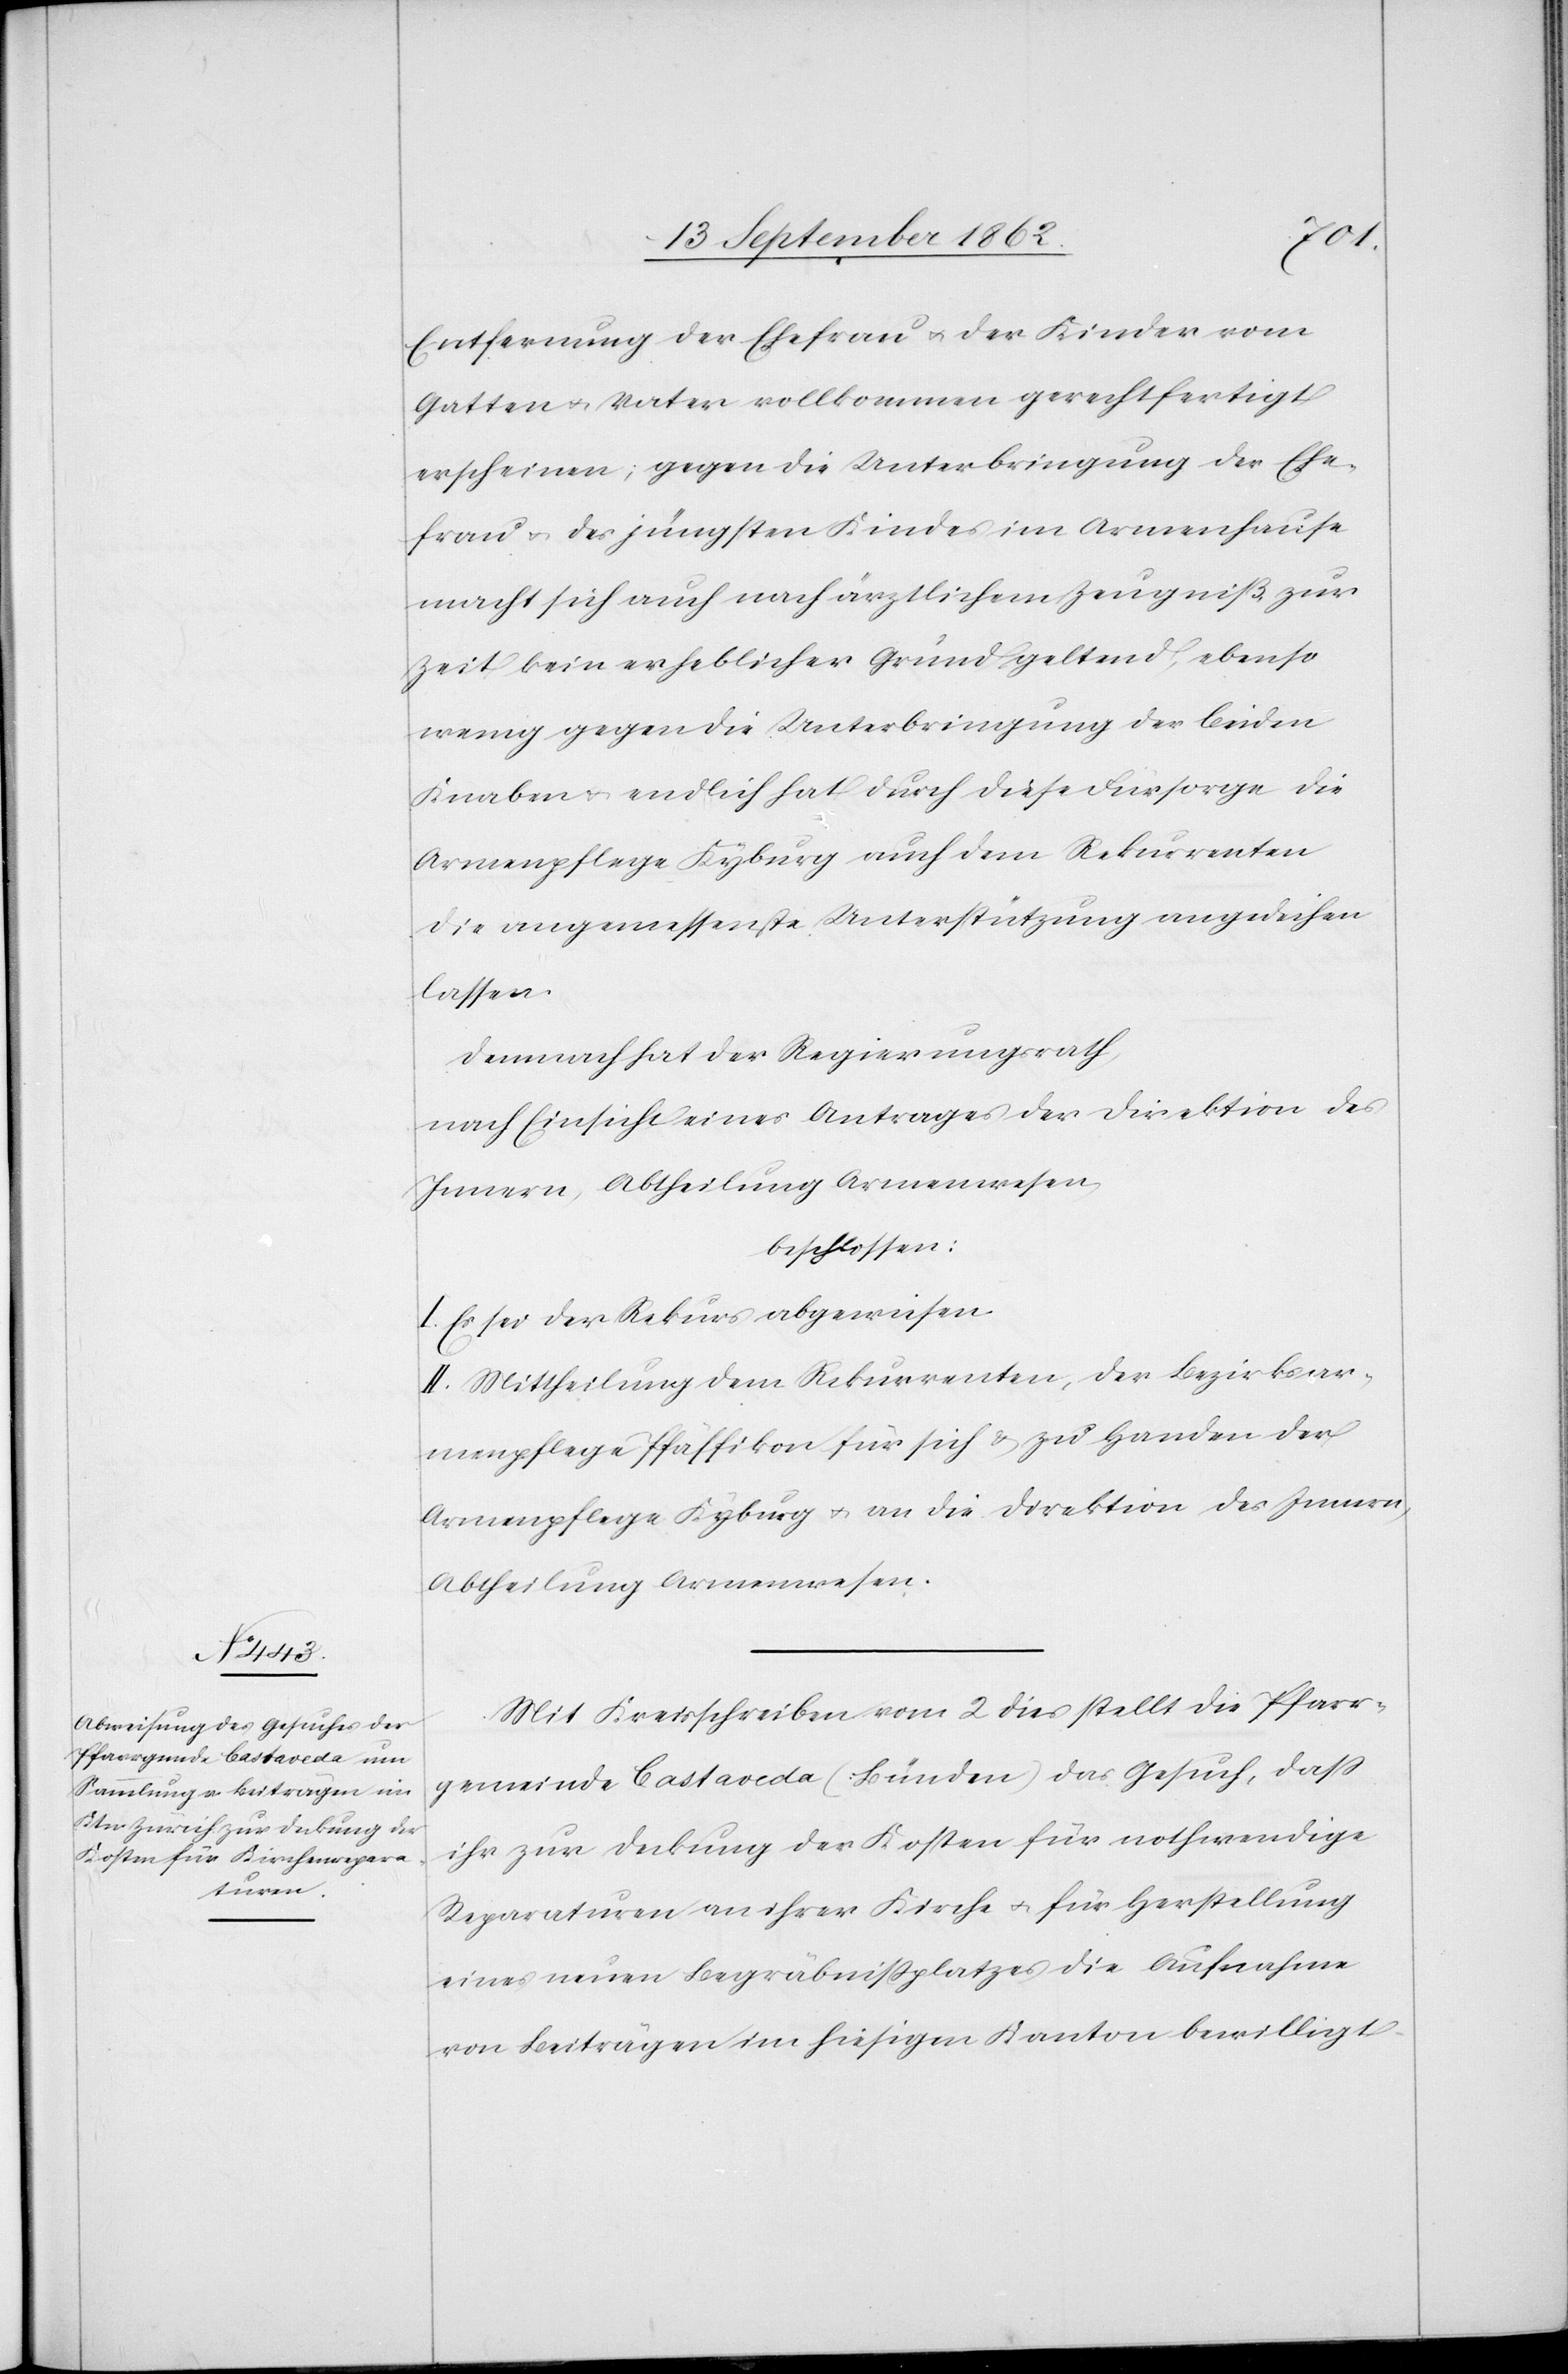
Entfernung der Ehefrau u. der Kinder vom
Gatten u. Vater vollkommen gerechtfertigt
erscheinen; gegen die Unterbringung der Ehe¬
frau u. des jüngsten Kindes im Armenhause
macht sich auch nach ärztlichem Zeugniß, zur
Zeit kein erheblicher Grund geltend, ebenso
wenig gegen die Unterbringung der beiden
Knaben u. endlich hat durch diese Fürsorge die
Armenpflege Kyburg auch dem Rekurrenten
die angemessenste Unterstützung angedeihen
lassen.
Demnach hat der Regierungsrath,
nach Einsicht eines Antrages der Direktion des
Innern, Abtheilung Armenwesen,
beschlossen.
I. Es sei der Rekurs abgewiesen.
II. Mittheilung dem Rekurrenten, der Bezirksar¬
menpflege Pfäffikon für sich u. zu Handen der
Armenpflege Kyburg u. an die Direktion des Innern,
Abtheilung Armenwesen.
Mit Kreisschreiben vom 2. dies stellt die Pfarr¬
gemeinde Castaveda (Bünden) das Gesuch, daß
ihr zur Deckung der Kosten für nothwendige
Reparaturen an ihrer Kirche u. für Herstellung
eines neuen Begräbnißplatzes die Aufnahme
von Beiträgen im hiesigen Kanton bewilligt